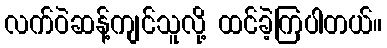
လက်ဝဲဆန့်ကျင်သူလို့ ထင်ခဲ့ကြပါတယ်။